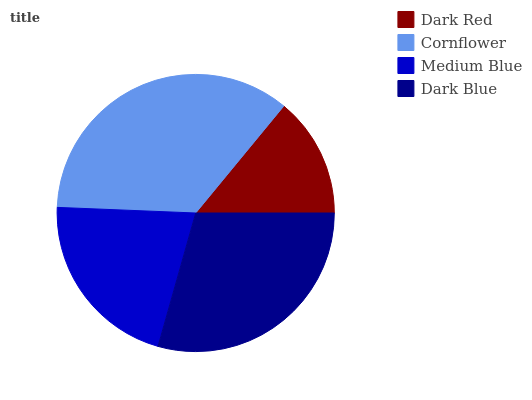
| Dark Red | Cornflower | Medium Blue | Dark Blue |
 | --- | --- | --- | --- |
 | 14% | 35.3% | 21.3% | 29.4% |